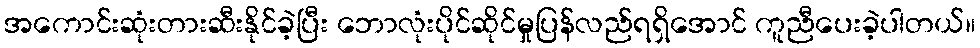
အကောင်းဆုံးတားဆီးနိုင်ခဲ့ပြီး ဘောလုံးပိုင်ဆိုင်မှုပြန်လည်ရရှိအောင် ကူညီပေးခဲ့ပါတယ်။